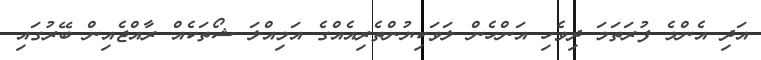
އަދި އެންމެ ފުރަތަމަ ދިވެހި އަންހެން ލަވަކިޔުންތެރިއެއްގެ އަމިއްލަ ޝޯތަކެއް ރާއްޖެއިން ބޭރުގައި